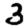
Digit: 3